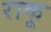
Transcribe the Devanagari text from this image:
राकू